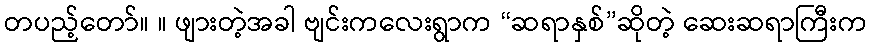
တပည့်တော်။ ။ ဖျားတဲ့အခါ ဗျင်းကလေးရွာက “ဆရာနှစ်”ဆိုတဲ့ ဆေးဆရာကြီးက